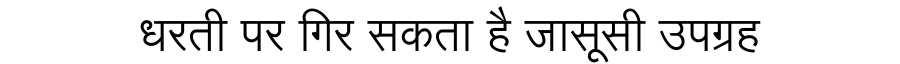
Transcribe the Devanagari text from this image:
धरती पर गिर सकता है जासूसी उपग्रह